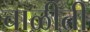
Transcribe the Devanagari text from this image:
चाळीती